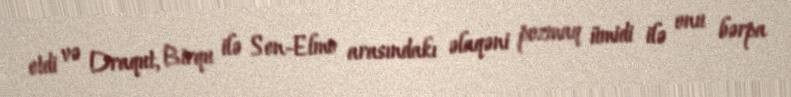
etdi və Draqut, Birqu ilə Sen-Elmo arasındakı əlaqəni pozmaq ümidi ilə onu bərpa